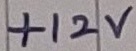
Text: +12V